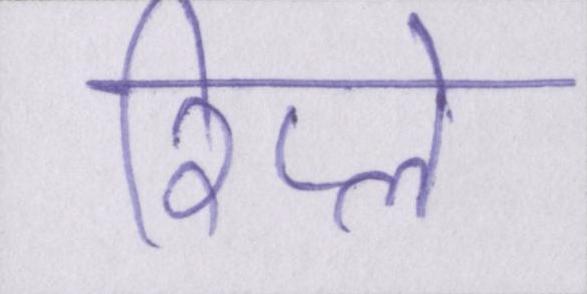
रिप्ले